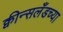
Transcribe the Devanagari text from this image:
क्वीन्सलँडच्या